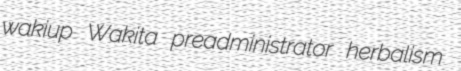
wakiup Wakita preadministrator herbalism